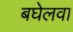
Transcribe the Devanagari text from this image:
बघेलवा